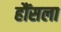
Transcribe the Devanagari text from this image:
हौंसला